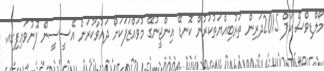
މޯލްޑިވްސް ކަޕް 2015ދަރިން ތަރުބިއްޔަތުކުރުން ކޮނޑޭ އިންޖީނުގޭ މުވައްޒަފަކަށް ދައުވާކުރަން އޭސީސީން ފޮނުވައިފިގއ.